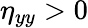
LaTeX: \eta_{yy}>0